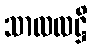
သာလလဋ္ဌိ